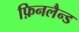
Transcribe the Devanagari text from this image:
फ़िनलैन्ड